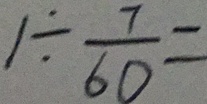
1 \div \frac { 7 } { 6 0 } =